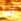
انا